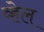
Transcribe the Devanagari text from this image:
व्‍हेल